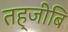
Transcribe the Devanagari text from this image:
तह्जीबि